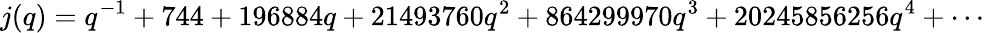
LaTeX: j(q)=q^{-1}+744+196884q+21493760q^{2}+864299970q^{3}+20245856256q^{4}+\cdots